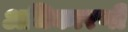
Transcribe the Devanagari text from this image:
अधिकारणी